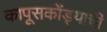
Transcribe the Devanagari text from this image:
कापूसकोंड्याची